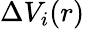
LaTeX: \Delta V_{i}(r)